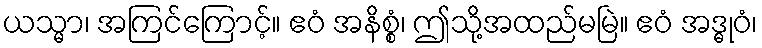
ယသ္မာ၊ အကြင်ကြောင့်။ ဧဝံ အနိစ္စံ၊ ဤသို့အထည်မမြဲ။ ဧဝံ အဒ္ဓုဝံ၊